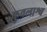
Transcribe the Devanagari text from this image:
कुवलाश्व